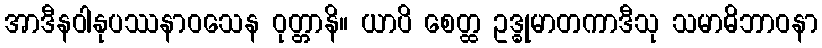
အာဒီနဝါနုပဿနာဝသေန ဝုတ္တာနိ။ ယာပိ စေတ္ထ ဥဒ္ဓုမာတကာဒီသု သမာဓိဘာဝနာ